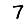
Digit: 7